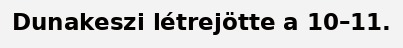
Dunakeszi létrejötte a 10–11.